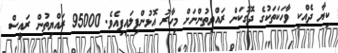
ކިޔާ ދެއްކި ވާހަކަތަކުގެ ދޮގުކަން ރައްޔިތުންނަށް މިހާރު އޮޅުންފިލައިފިއެވެ. 95000 ރައްޔިތުން ރައީސް